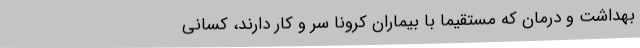
بهداشت و درمان که مستقیماً با بیماران کرونا سر و کار دارند، کسانی